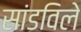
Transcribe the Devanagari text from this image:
सांडविले